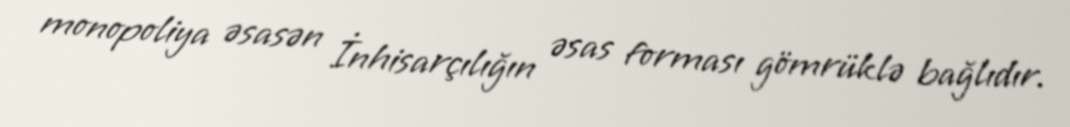
monopoliya əsasən İnhisarçılığın əsas forması gömrüklə bağlıdır.